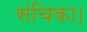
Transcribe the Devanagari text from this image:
संचिका।